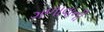
ગળાવાની